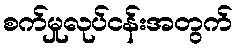
စက်မှုလုပ်ငန်းအတွက်